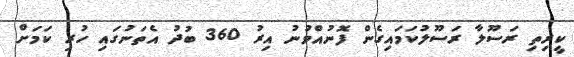
ކީރިތި ރަސޫލާ ރަސޫލުކަމައިގެން ފޮނުއްވުނު އިރު 360 ބުދު އެތަނުގައި ހުރި ކަމަށް